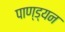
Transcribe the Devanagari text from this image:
पाण्ड्यन